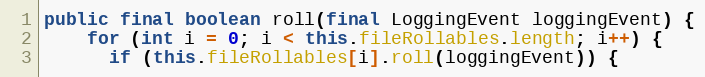
Language: Java
public final boolean roll(final LoggingEvent loggingEvent) {
    for (int i = 0; i < this.fileRollables.length; i++) {
      if (this.fileRollables[i].roll(loggingEvent)) {